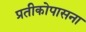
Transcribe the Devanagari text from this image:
प्रतीकोपासना